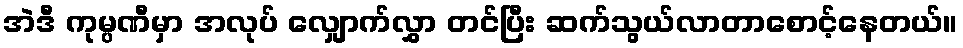
အဲဒီ ကုမ္ပဏီမှာ အလုပ် လျှောက်လွှာ တင်ပြီး ဆက်သွယ်လာတာစောင့်နေတယ်။